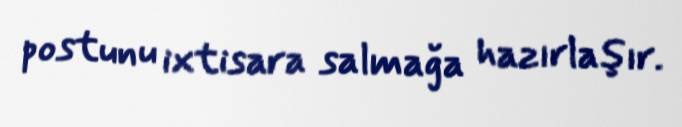
postunu ixtisara salmağa hazırlaşır.